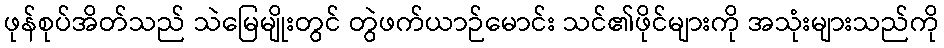
ဖုန်စုပ်အိတ်သည် သဲမြေမျိုးတွင် တွဲဖက်ယာဉ်မောင်း သင်၏ဖိုင်များကို အသုံးများသည်ကို